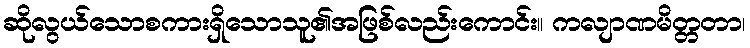
ဆိုလွယ်သောစကားရှိသောသူ၏အဖြစ်လည်းကောင်း။ ကလျာဏမိတ္တတာ၊